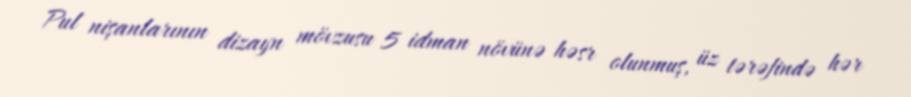
Pul nişanlarının dizayn mövzusu 5 idman növünə həsr olunmuş, üz tərəfində hər